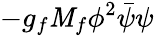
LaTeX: -g_{f}\mathit{M}_{f}\phi^{2}\bar{{\psi}}\psi